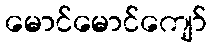
မောင်မောင်ကျော်